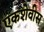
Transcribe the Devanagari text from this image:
एकशेवीस